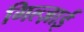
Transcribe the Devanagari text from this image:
गिल्ज़ाई